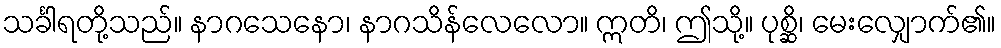
သင်္ခါရတို့သည်။ နာဂသေနော၊ နာဂသိန်လေလော။ ဣတိ၊ ဤသို့။ ပုစ္ဆိ၊ မေးလျှောက်၏။